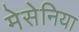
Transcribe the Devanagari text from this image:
मेसेनिया